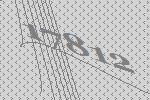
17812